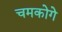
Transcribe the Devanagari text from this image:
चमकोगे